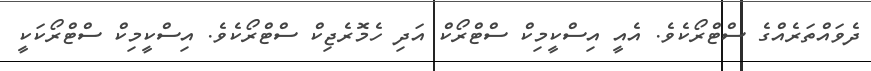
ދެވައްތަރެއްގެ ސްޓްރޯކެވެ. އެއީ އިސްކީމިކް ސްޓްރޯކް އަދި ހެމޮރެޖިކް ސްޓްރޯކެވެ. އިސްކީމިކް ސްޓްރޯކަކީ